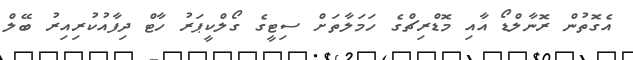
އެގޮތުން ރޮނާލްޑޯ އާއި މޮޑްރިޗްގެ ހަމަލާތަށް ސިޓީގެ ގޯލްކީޕަރު ހާޓް ދިފާއުކުރިއިރު ބޭލް